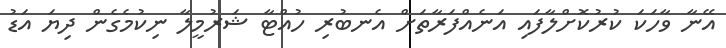
އޭނާ ވާހަކަ ކުރުކޮށްލާފައި އަނެއްފަރާތަށް އެނބުރި ހުއްޓާ ޝަރުމީލާ ނިކުމެގެން ދިޔަ އަޑު